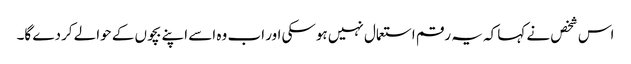
اس شخص نے کہا کہ یہ رقم استعمال نہیں ہوسکی اور اب وہ اسے اپنے بچوں کے حوالے کردے گا۔